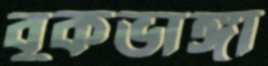
বুকভাঙ্গা